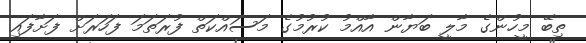
ތިބޭ މީހުންގެ މާލީ ބަޔާން އާއްމު ކުރުމުގެ މަސައްކަތް ފުރަތަމަ ފަހަރަށް ފަށާފައި